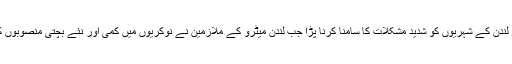
منگل سات ستمبر کو لندن کے شہریوں کو شدید مشکلات کا سامنا کرنا پڑا جب لندن میٹرو کے ملازمین نے نوکریوں میں کمی اور نئے بچتی منصوبوں کے خلاف ہرتال کی۔